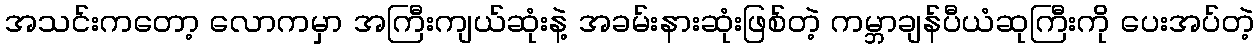
အသင်းကတော့ လောကမှာ အကြီးကျယ်ဆုံးနဲ့ အခမ်းနားဆုံးဖြစ်တဲ့ ကမ္ဘာချန်ပီယံဆုကြီးကို ပေးအပ်တဲ့